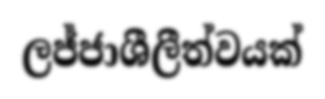
ලජ්ජාශීලීත්වයක්